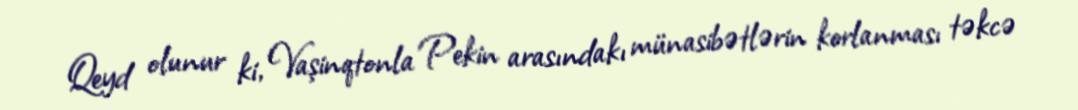
Qeyd olunur ki, Vaşinqtonla Pekin arasındakı münasibətlərin korlanması təkcə